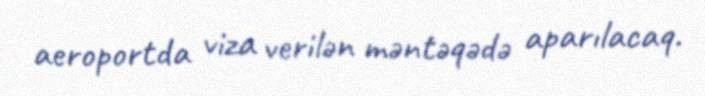
aeroportda viza verilən məntəqədə aparılacaq.